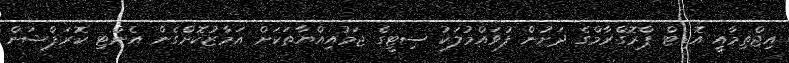
އިޖްތިމާއީ އޮޑިޓް ޕްރޮގްރާމްގެ ދަށުން ފުވައްމުލަކު ސިޓީގެ ޖަމުއިއްޔާތަކަށް އަމާޒުކޮށްގެން އެންޓި ކޮރަޕްޝަން